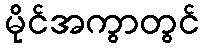
မိုင်အကွာတွင်